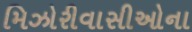
મિઝોરીવાસીઓના